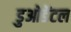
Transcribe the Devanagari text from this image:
डुओडेंटल